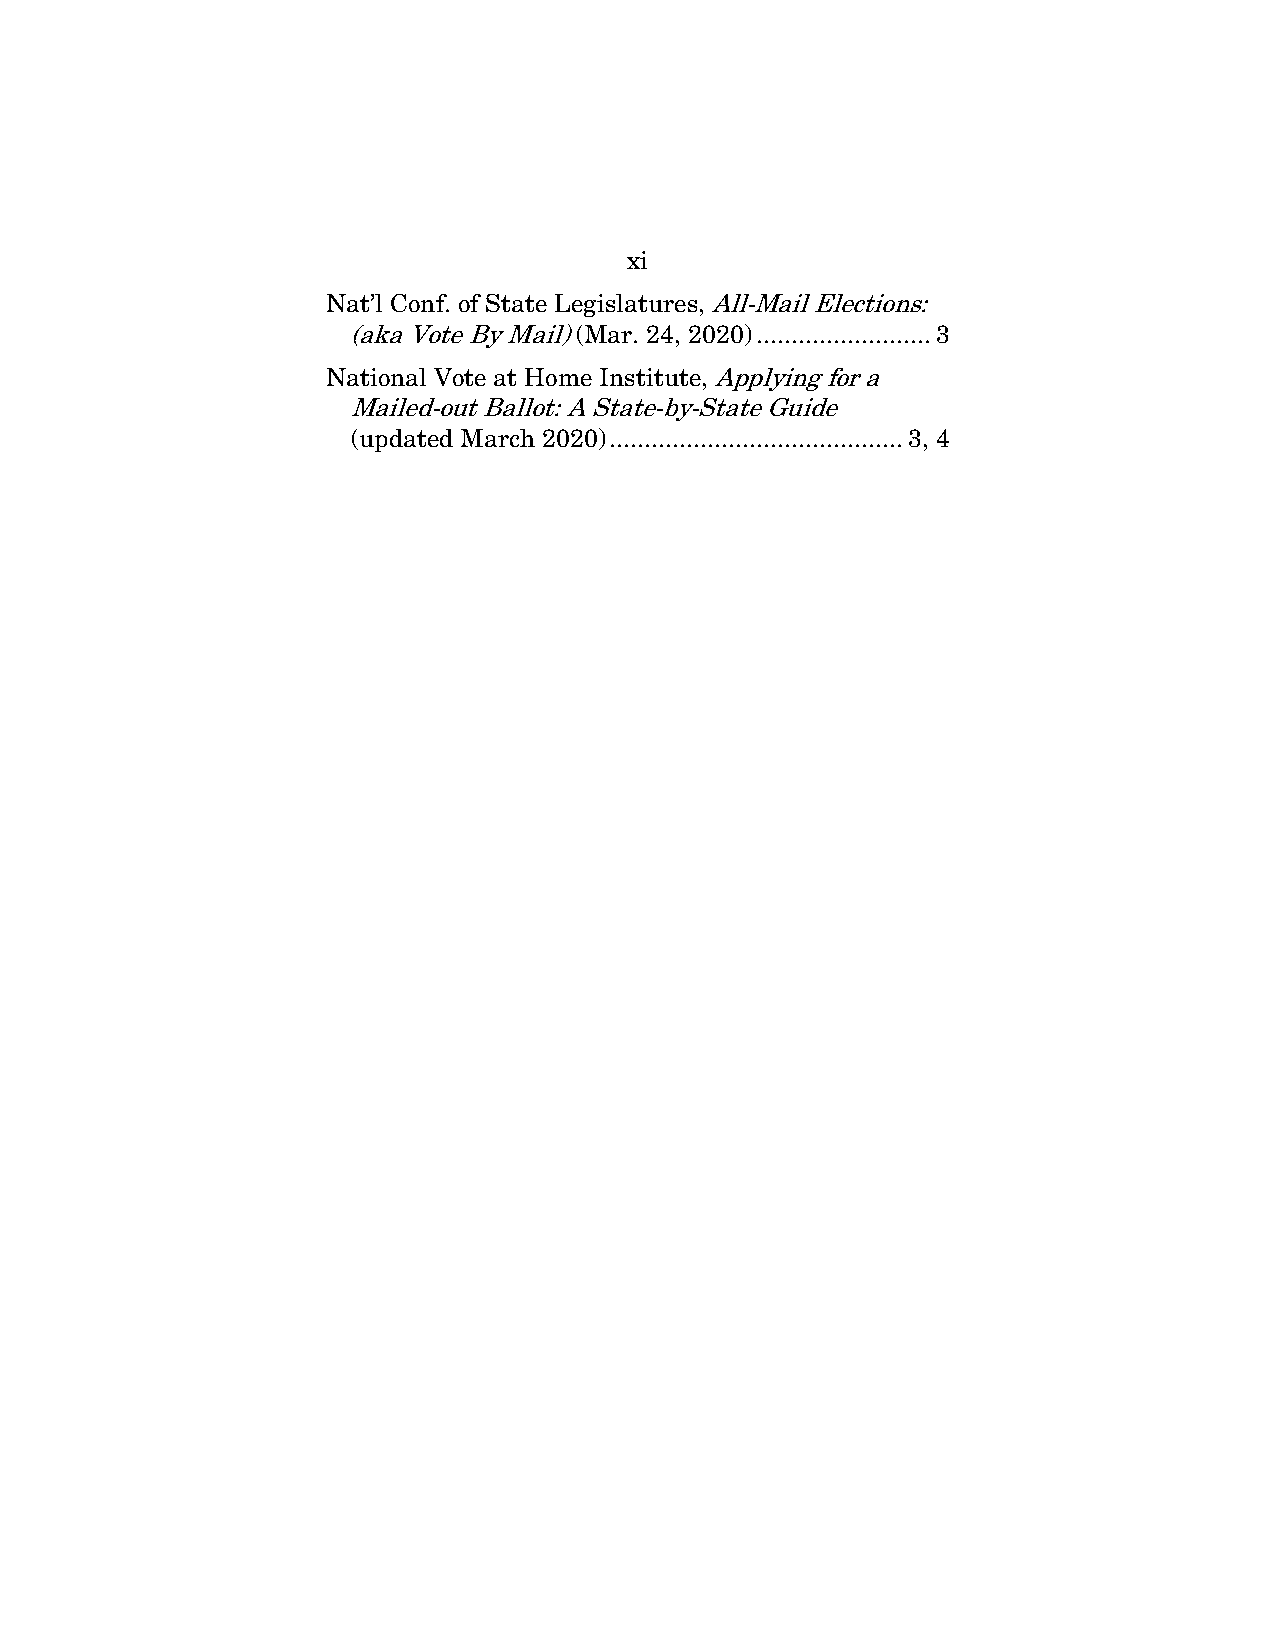
xi
 Nat’l Conf. of State Legislatures, All-Mail Elections:
 (aka Vote By Mail) (Mar. 24, 2020) ......................... 3
 National Vote at Home Institute, Applying for a
 Mailed-out Ballot: A State-by-State Guide
 (updated March 2020) .......................................... 3, 4